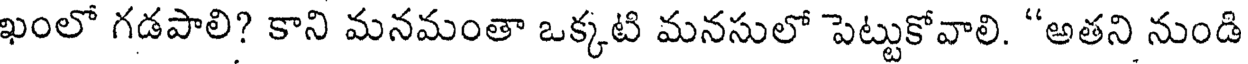
ఖంలో గడపాలి? కాని మనమంతా ఒక్కటి మనసులో పెట్టుకోవాలి. "అతని నుండి